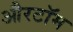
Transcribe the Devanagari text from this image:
औरटॉम